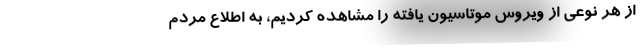
از هر نوعی از ویروس موتاسیون یافته را مشاهده کردیم، به اطلاع مردم